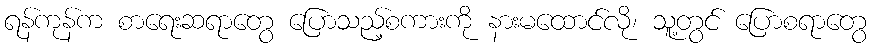
ရန်ကုန်က စာရေးဆရာတွေ ပြောသည့်စကားကို နားမထောင်လို၊ သူ့တွင် ပြောစရာတွေ